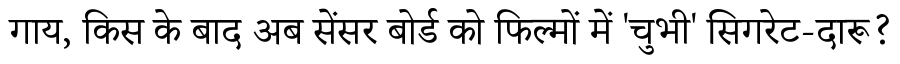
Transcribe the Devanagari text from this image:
गाय, किस के बाद अब सेंसर बोर्ड को फिल्मों में 'चुभी' सिगरेट-दारू?